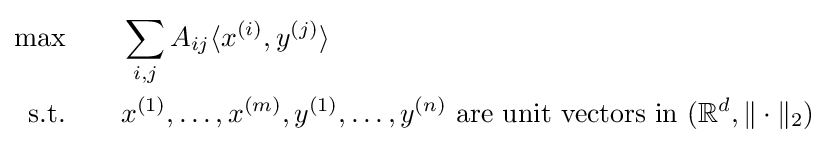
{\begin{aligned}\max &\qquad \sum _{i,j}A_{ij}\langle x^{(i)},y^{(j)}\rangle \\{\text{s.t.}}&\qquad x^{(1)},\ldots ,x^{(m)},y^{(1)},\ldots ,y^{(n)}{\text{ are unit vectors in }}(\mathbb {R} ^{d},\|\cdot \|_{2})\end{aligned}}